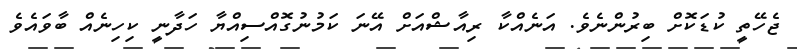
ޖެހޭތީ ކުޑަކޮށް ބިރުންނެވެ. އަނެއްކާ ރިއާޝްއަށް އޭނަ ކަމުނުގޮއްސިއްޔާ ހަދާނީ ކިހިނެއް ބާވައެވެ